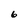
Character: 6